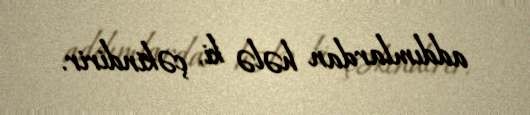
addımlardan hələ ki, çəkindirir.